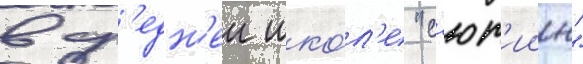
в ср'едн'еи шко́л'е "с'ют'иин"